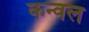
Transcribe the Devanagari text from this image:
कन्वल